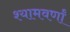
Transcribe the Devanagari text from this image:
श्यामवर्णां